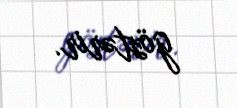
göstərir.